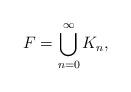
LaTeX: \begin{align*} F= \bigcup_{n=0}^\infty K_n,\end{align*}